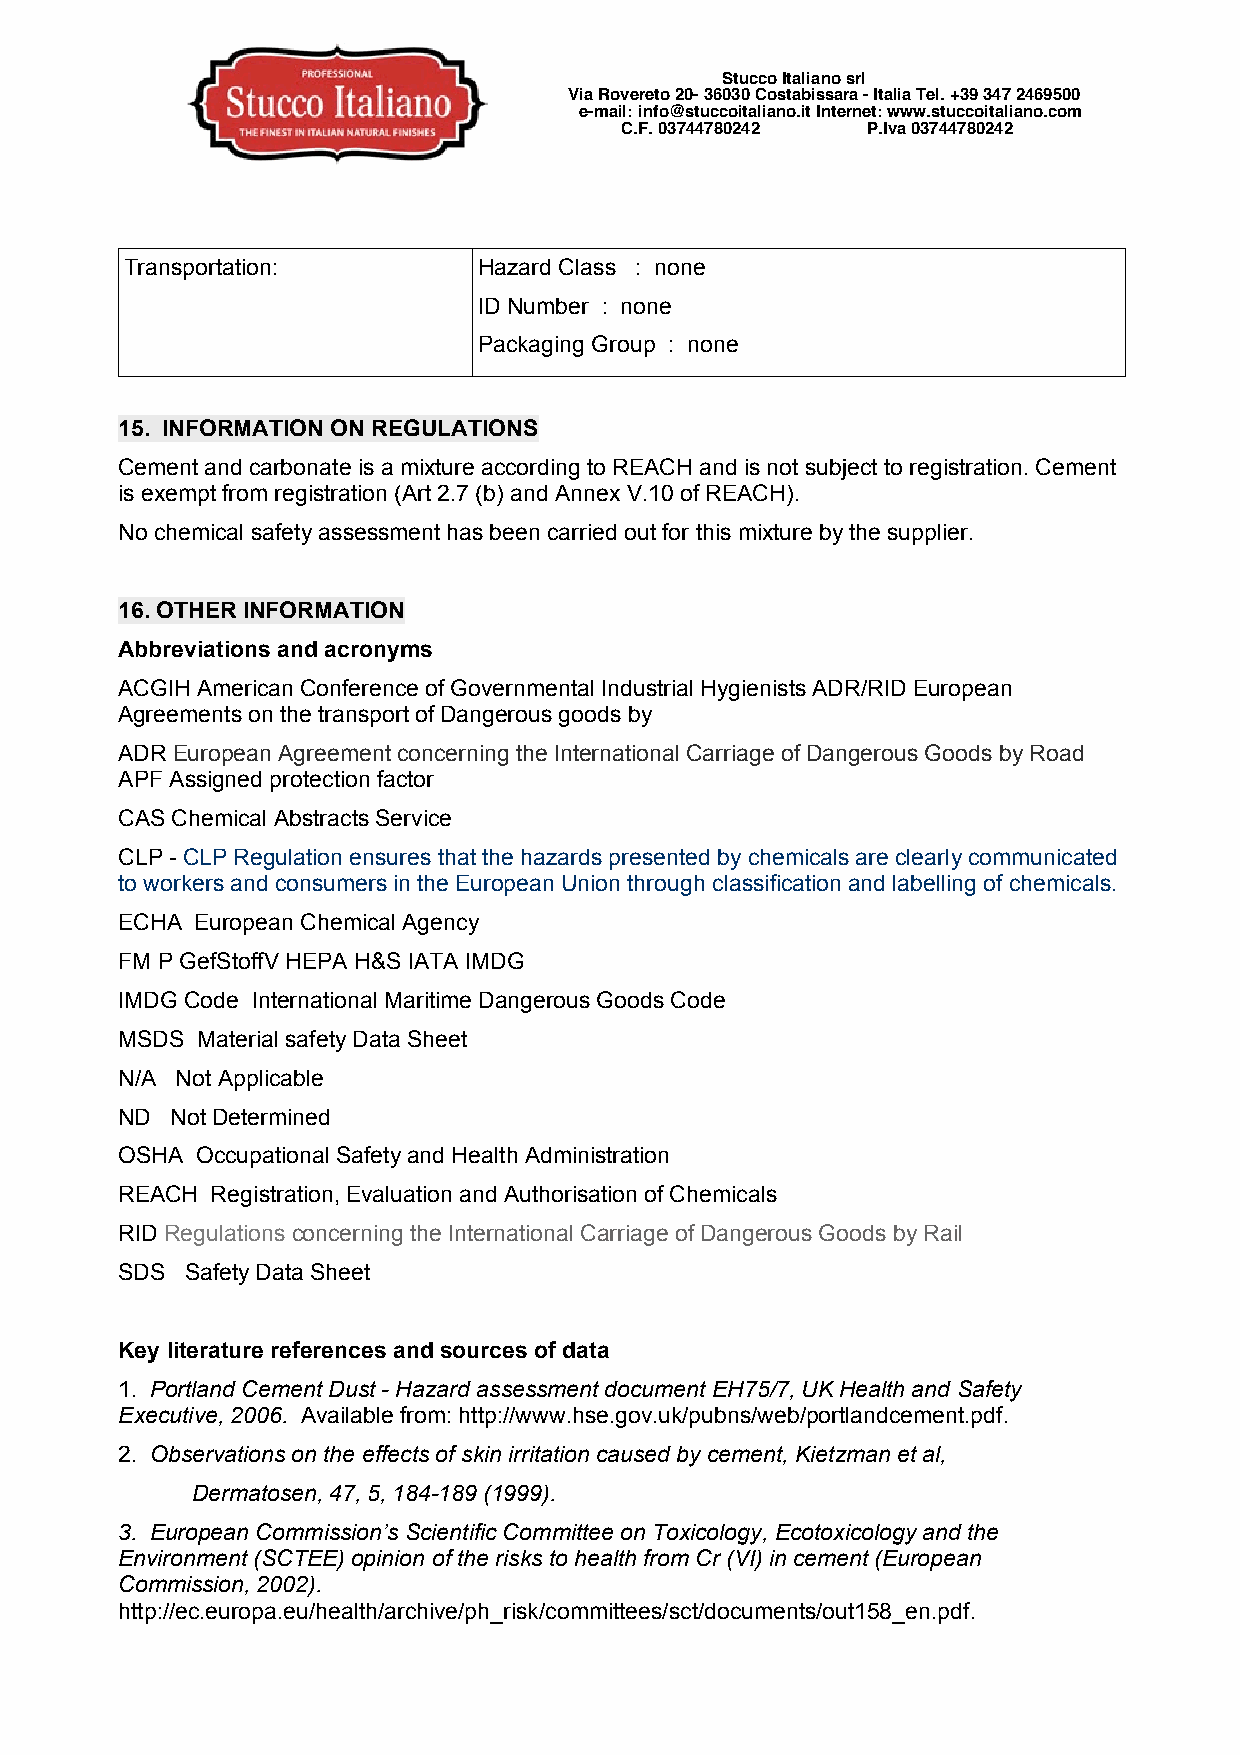
Stucco Italiano srl
 Via Rovereto 20- 36030 Costabissara - Italia Tel. +39 347 2469500
 e-mail: info@stuccoitaliano.it Internet: www.stuccoitaliano.com
 C.F. 03744780242 P.Iva 03744780242
 Transportation:         Hazard Class : none
 ID Number : none
 Packaging Group : none
 15. INFORMATION ON REGULATIONS
 Cement and carbonate is a mixture according to REACH and is not subject to registration. Cement
 is exempt from registration (Art 2.7 (b) and Annex V.10 of REACH).
 No chemical safety assessment has been carried out for this mixture by the supplier.
 16. OTHER INFORMATION
 Abbreviations and acronyms
 ACGIH American Conference of Governmental Industrial Hygienists ADR/RID European
 Agreements on the transport of Dangerous goods by
 ADR European Agreement concerning the International Carriage of Dangerous Goods by Road
 APF Assigned protection factor
 CAS Chemical Abstracts Service
 CLP - CLP Regulation ensures that the hazards presented by chemicals are clearly communicated
 to workers and consumers in the European Union through classification and labelling of chemicals.
 ECHA European Chemical Agency
 FM P GefStoffV HEPA H&S IATA IMDG
 IMDG Code International Maritime Dangerous Goods Code
 MSDS Material safety Data Sheet
 N/A Not Applicable
 ND Not Determined
 OSHA Occupational Safety and Health Administration
 REACH Registration, Evaluation and Authorisation of Chemicals
 RID Regulations concerning the International Carriage of Dangerous Goods by Rail
 SDS Safety Data Sheet
 Key literature references and sources of data
 1. Portland Cement Dust - Hazard assessment document EH75/7, UK Health and Safety
 Executive, 2006. Available from: http://www.hse.gov.uk/pubns/web/portlandcement.pdf.
 2. Observations on the effects of skin irritation caused by cement, Kietzman et al,
 Dermatosen, 47, 5, 184-189 (1999).
 3. European Commission’s Scientific Committee on Toxicology, Ecotoxicology and the
 Environment (SCTEE) opinion of the risks to health from Cr (VI) in cement (European
 Commission, 2002).
 http://ec.europa.eu/health/archive/ph_risk/committees/sct/documents/out158_en.pdf.